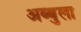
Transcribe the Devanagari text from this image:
अब्बुला